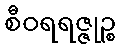
စီဝရရဇ္ဇုဉ္စ